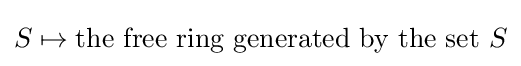
S\mapsto {\text{the free ring generated by the set }}S